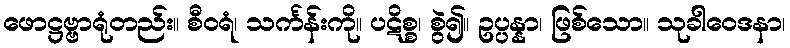
ဖောဋ္ဌဗ္ဗာရုံတည်း။ စီဝရံ၊ သင်္ကန်းကို။ ပဋိစ္စ၊ စွဲ၍။ ဥပ္ပန္နာ၊ ဖြစ်သော။ သုခါဝေဒနာ၊